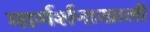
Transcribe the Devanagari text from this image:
मार्गर्शनाखाली